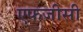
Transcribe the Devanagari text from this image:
एफजीसी